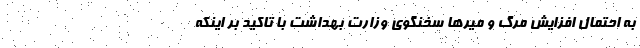
به احتمال افزایش مرگ و میرها سخنگوی وزارت بهداشت با تاکید بر اینکه